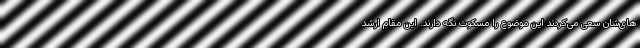
‌های‌شان سعی می‌کردند این موضوع را مسکوت نگه دارند. این مقام ارشد